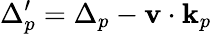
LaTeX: \Delta_{p}^{\prime}=\Delta_{p}-\textbf{v}\cdot{}\textbf{k}_{p}